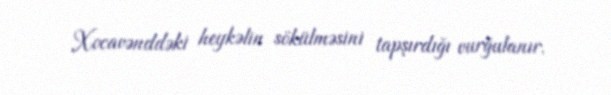
Xocavənddəki heykəlin sökülməsini tapşırdığı vurğulanır.